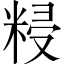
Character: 𥺑